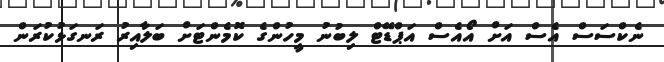
ނެކްސަސް އެސް އަށް އޯއެސް އަޕްޑޭޓް ލިބުނު މީހުންގެ ކޮމެންޓަށް ބަލާއިރު ރަނގަޅުކުރަން